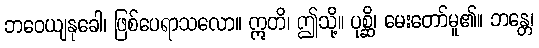
ဘဝေယျနုခေါ၊ ဖြစ်ပေရာသလော။ ဣတိ၊ ဤသို့။ ပုစ္ဆိ၊ မေးတော်မူ၏။ ဘန္တေ၊